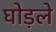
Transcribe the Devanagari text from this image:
घोड़ले